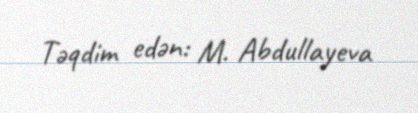
Təqdim edən: M. Abdullayeva